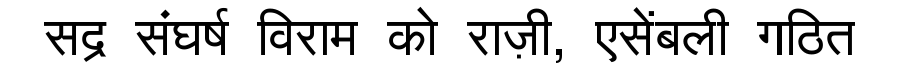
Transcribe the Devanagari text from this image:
सद्र संघर्ष विराम को राज़ी, एसेंबली गठित